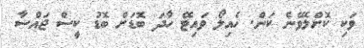
ވަކި ކޮށްލެވޭނެ ކަން. ހެއިލޯ ވައިޓޭ ހާދަ ބޮޑަށް ބޮޑު ކީސް ޖައްސާ